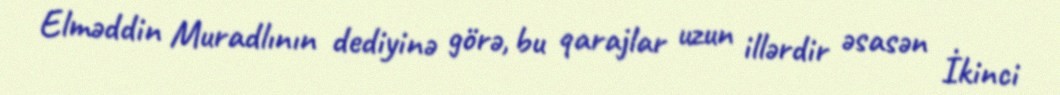
Elməddin Muradlının dediyinə görə, bu qarajlar uzun illərdir əsasən İkinci